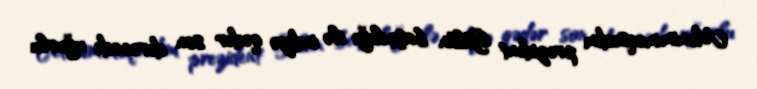
Mənim məqsədim prezident Gülün başçılığı ilə indiyə qədər son dərəcədə uğurlu